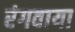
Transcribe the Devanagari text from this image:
रंगवाया